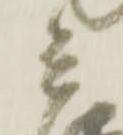
兵